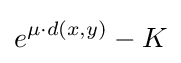
e^{\mu \cdot d(x,y)}-K